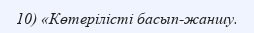
10) «Көтерілісті басып-жаншу.